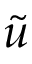
\widetilde { u }